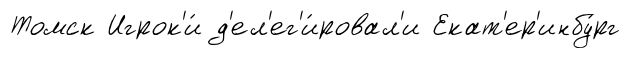
Томск Игрок'и́ д'ел'ег'и́ровал'и Екат'ер'инбу́рг